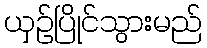
ယှဉ်ပြိုင်သွားမည်